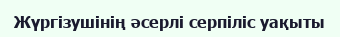
Жүргізушінің әсерлі серпіліс уақыты